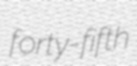
forty-fifth